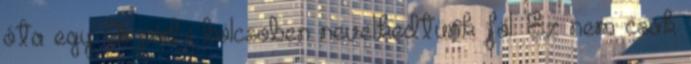
óta egy Arpád-i bölcsoben nevelkedtünk föl. Ez nem csak